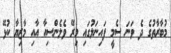
މުބާރާތުގެ ދެ ވަނަ ސެމީ ފައިނަލުގައި މިރޭ ވެލެންސިއާ އާއި މާޒިޔާ ކުޅޭ